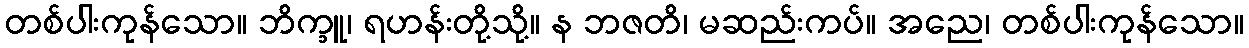
တစ်ပါးကုန်သော။ ဘိက္ခူ၊ ရဟန်းတို့သို့။ န ဘဇတိ၊ မဆည်းကပ်။ အညေ၊ တစ်ပါးကုန်သော။